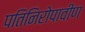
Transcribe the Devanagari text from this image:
पतिनिरोपावीण